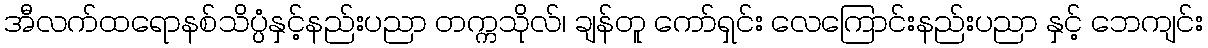
အီလက်ထရောနစ်သိပ္ပံနှင့်နည်းပညာ တက္ကသိုလ်၊ ချန်တူ ကော်ရှင်း လေကြောင်းနည်းပညာ နှင့် ဘေကျင်း